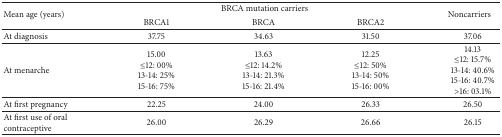
<table><thead><tr><td rowspan="2"><b>Mean age (years)</b></td><td colspan="3"><b>BRCA mutation carriers</b></td><td rowspan="2"><b>Noncarriers</b></td></tr><tr><td><b>BRCA1</b></td><td><b>BRCA</b></td><td><b>BRCA2</b></td></tr></thead><tbody><tr><td>At diagnosis</td><td>37.75 </td><td>34.63 </td><td>31.50 </td><td>37.06 </td></tr><tr><td>At menarche</td><td>15.00 ≤12: 00%13-14: 25%15-16: 75%</td><td>13.63 ≤12: 14.2%13-14: 21.3%15-16: 21.4%</td><td>12.25 ≤12: 50% 13-14: 50% 15-16: 00%</td><td>14.13≤12: 15.7%13-14: 40.6%15-16: 40.7% &gt;16: 03.1%</td></tr><tr><td>At first pregnancy</td><td>22.25 </td><td>24.00</td><td>26.33 </td><td>26.50</td></tr><tr><td>At first use of oral contraceptive </td><td>26.00 </td><td>26.29 </td><td>26.66 </td><td>26.15 </td></tr></tbody></table>